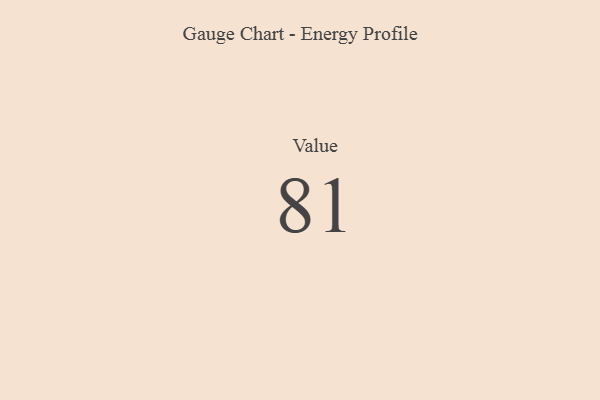
{"axis": {"x": "Metric", "y": "Value"}, "legend": [""], "data": [{"x": "Value", "y": 81, "type": ""}]}